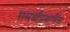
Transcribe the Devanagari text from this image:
समर्थांप्रमाणेच